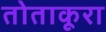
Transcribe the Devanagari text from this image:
तोताकूरा